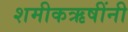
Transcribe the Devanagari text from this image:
शमीकऋषींनी